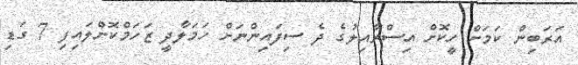
އަރަބިން ކަމަށް ހީކޮށް އިސްރާއިލުގެ ދެ ސިފައިންނަށް ހަމަލާދީ ޒަހަމްކޮށްލައިފި 7 ގަޑި